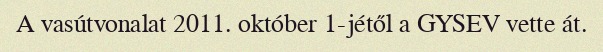
A vasútvonalat 2011. október 1-jétől a GYSEV vette át.